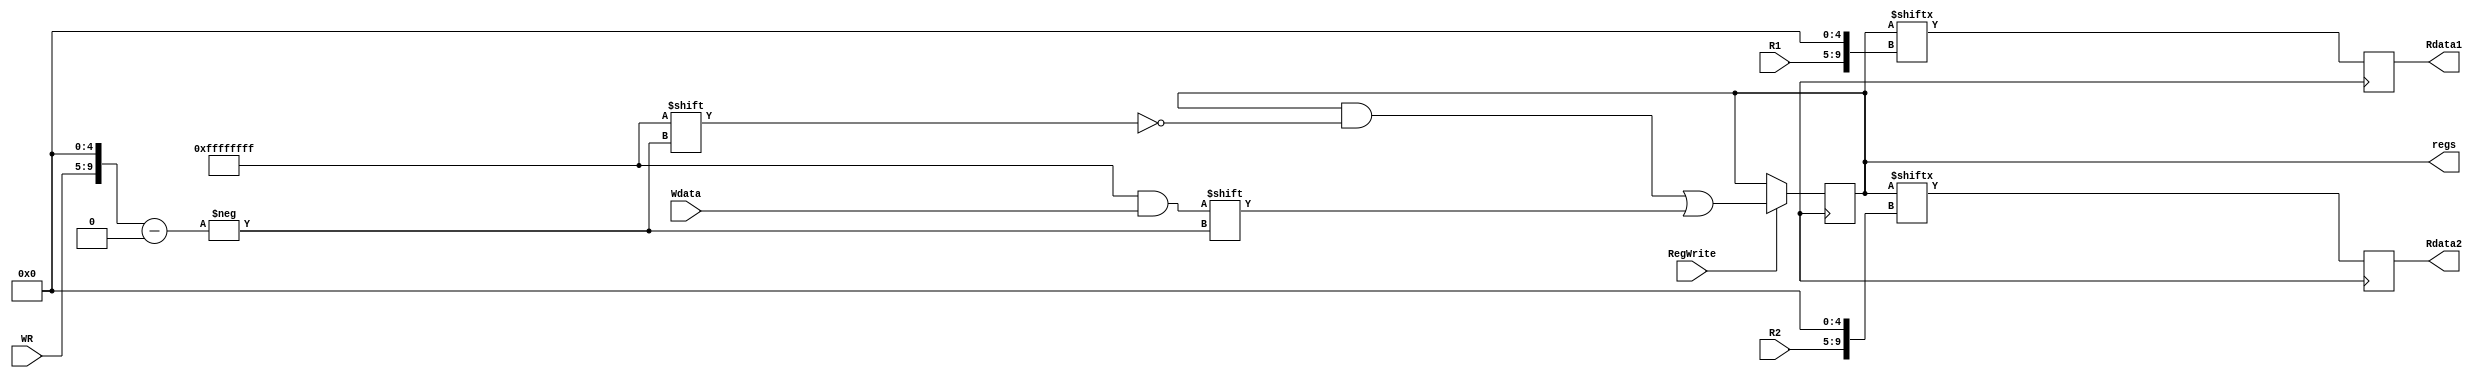
module RegisterFile(
input [4:0] R1,
input [4:0] R2,
input [4:0] WR,
input [31:0] Wdata,
input RegWrite,
output [31:0] Rdata1,
output [31:0] Rdata2,

output [1023:0] regs

);

reg [1023:0] regs;

reg [31:0] Rdata1;
reg [31:0] Rdata2;
always@(posedge clk)begin
	Rdata1 <= regs[{R1,5'b11111}:{R1,5'b00000}]; 
	Rdata2 <= regs[{R2,5'b11111}:{R2,5'b00000}];
end

always@(posedge clk)begin
	if(RegWrite)
		regs[{WR,5'b11111}:{WR,5'b00000}] = Wdata;
end

endmodule